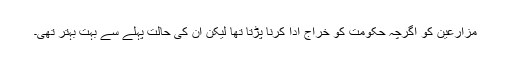
مزارعین کو اگرچہ حکومت کو خراج ادا کرنا پڑتا تھا لیکن ان کی حالت پہلے سے بہت بہتر تھی۔